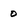
Character: 0